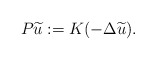
\begin{align*}P\widetilde u:=K(-\Delta \widetilde u). \end{align*}